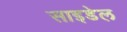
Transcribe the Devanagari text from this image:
साइडेल